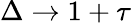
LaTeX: \Delta\rightarrow 1+\tau